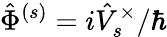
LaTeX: \hat{\Phi}^{(s)}=i\hat{V}_{s}^{\times}/\hbar